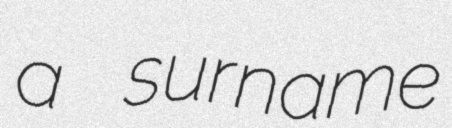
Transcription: a surname